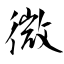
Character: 微